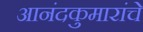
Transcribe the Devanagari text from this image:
आनंदकुमारांचे